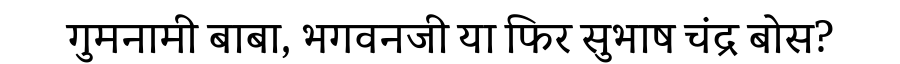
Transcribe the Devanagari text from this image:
गुमनामी बाबा, भगवनजी या फिर सुभाष चंद्र बोस?